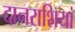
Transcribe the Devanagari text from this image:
दानराशियां